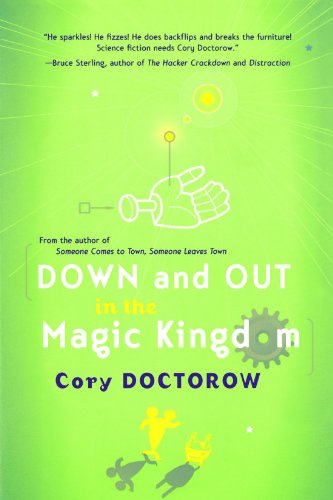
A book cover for Down and Out in the Magic Kingdom; Cory Doctorow; Science Fiction & Fantasy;